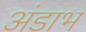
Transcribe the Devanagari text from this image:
अंडाभ